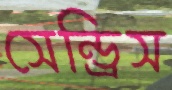
সেন্ড্রিস